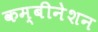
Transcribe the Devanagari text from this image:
कम्बीनेशन